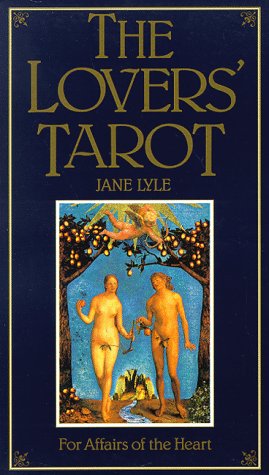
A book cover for The Lovers' Tarot: For Affairs of the Heart; Jane Lyle; Self-Help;